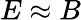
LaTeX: E\approx B